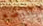
للوضع